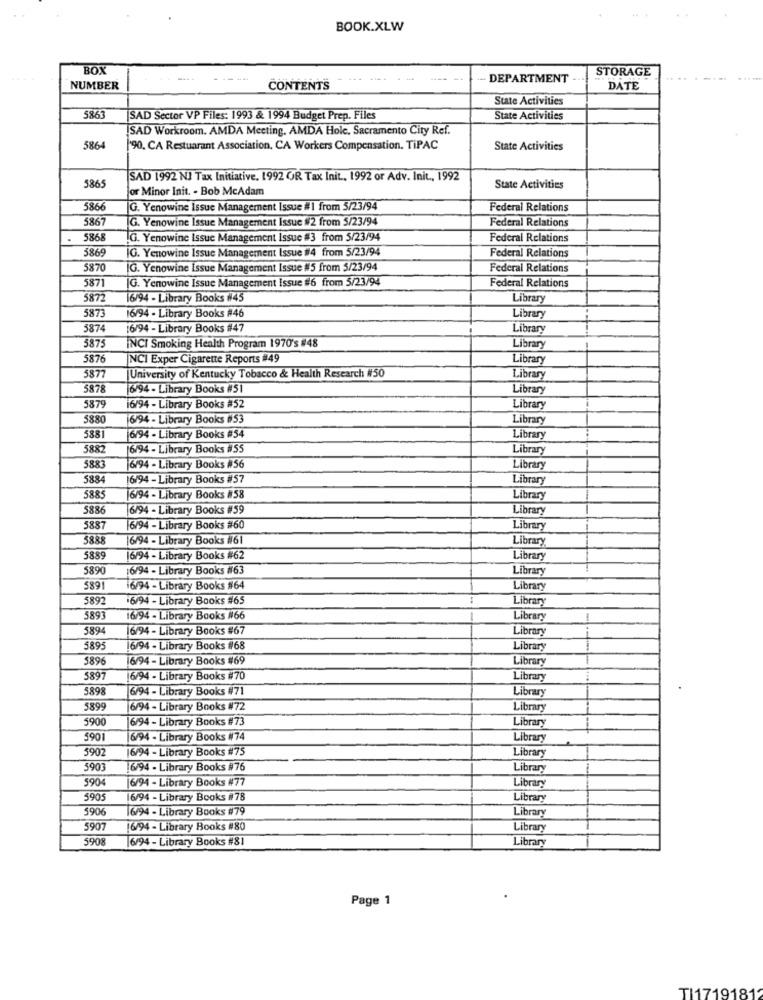
BOOK.XLW
BOX
STORAGE
DEPARTMENT
NUMBER
CONTENTS
DATE
State Activities
5861
SAD Sector VP Files: 1993 & 1994 Budget Prep. Files
State Activities
SAD Workroom. AMDA Meeting. AMDA Hole, Sacramento City Ref.
5864
['90. CA Restuarant Association, CA Workers Compensation. TiPAC
State Activities
SAD 1992 NJ Tax Initiative, 1992 OR Tax Init ., 1992 or Adv. Init ., 1992
586
or Minor Init. - Bob McAdam
State Activities
5866
G. Yenowine Issue Management Issue # | from 5/23/94
Federal Relations
5861
G. Yenowine Issue Management Issue #2 from 5/23/94
Federal Relations
5868
.G. Yenowine Issue Management Issue #3 from 5/23/94
Federal Relations
5865
IG. Yenowine Issue Management Issue #4 from 5/23/94
Federal Relations
5870
IG. Yenowine Issue Management Issue #5 from 5/23/94
Federal Relations
5871
G. Yenowine Issue Management Issue #6 from 5/23/94
Federal Relations
5872
16/94 - Library Books #45
Library
5873
16/94 - Library Books #46
Library
5874
16/94 - Library Books #47
Library
5875
INCI Smoking Health Program 1970's #48
Library
5876
NCI Exper Cigarette Reports #49
Library
University of Kentucky Tobacco & Health Research #50
5877
Library
5878
6/94 - Library Books #51
Library
5875
16/94 - Library Books #52
Library
5880
6/94 - Library Books #53
Library
5381
6/94 - Library Books #54
Library
5882
6/94 - Library Books #55
Library
5883
6/94 - Library Books #56
Library
5884
6/94 - Library Books #57
Library
5885
6/94 - Library Books #58
Library
5886
6/94 - Library Books #59
Library
5887
6/94 - Library Books #60
Library
5885
6/94 - Library Books #61
Library
5889
6/94 - Library Books #62
Library
5890
$6/94 - Library Books #63
Library
589
16/94 - Library Books #64
Library
5892
6/94 - Library Books #65
Library
5893
16/94 - Library Books #66
-
Library
-
5894
6/94 - Library Books #67
Library
5895
6/94 - Library Books #68
Library
5896
6/94 - Library Books #69
Library
5897
6/94 - Library Books #70
Library
5898
6/94 - Library Books #71
Library
5895
6/94 - Library Books #72
Library
5900
6/94 - Library Books #73
Library
5901
6/94 - Library Books #74
Library
5907
16/94 - Library Books #75
Library
5903
6/94 - Library Books #76
Library
5904
6/94 - Library Books #77
Library
5905
6/94 - Library Books #78
Library
5906
6/94 - Library Books #79
Library
5907
6/94 - Library Books #80
Library
590
6/94 - Library Books #81
Library
Page 1
TI1719181'